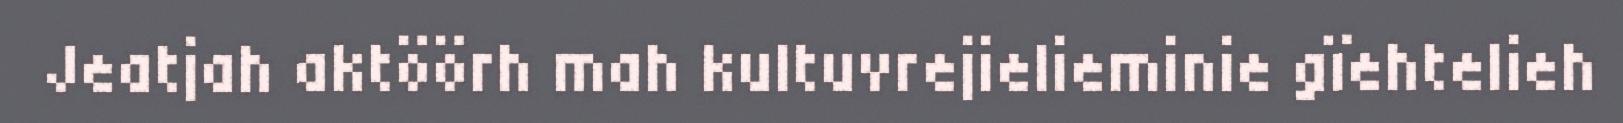
Jeatjah aktöörh mah kultuvrejielieminie gïehtelieh